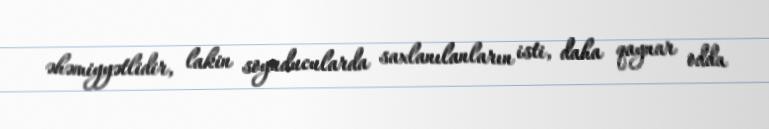
əhəmiyyətlidir, lakin soyuducularda saxlanılanların isti, daha qaynar odda